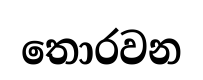
තොරවන